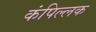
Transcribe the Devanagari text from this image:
कंपिल्लक